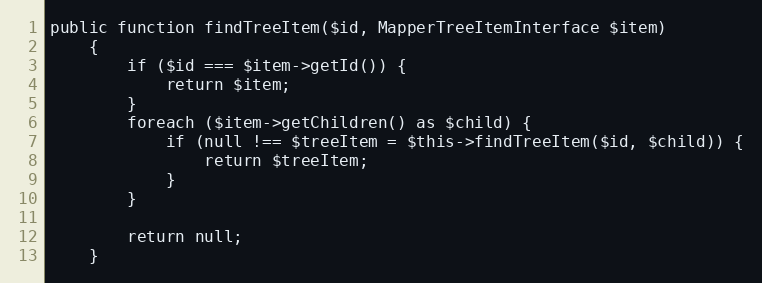
Language: PHP
public function findTreeItem($id, MapperTreeItemInterface $item)
    {
        if ($id === $item->getId()) {
            return $item;
        }
        foreach ($item->getChildren() as $child) {
            if (null !== $treeItem = $this->findTreeItem($id, $child)) {
                return $treeItem;
            }
        }

        return null;
    }